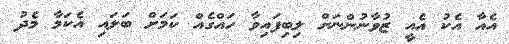
އެއާ އެކު އެއީ ޒުވާނުންނަށް ލިބިފައިވާ ހައްގެއް ކަމަށް ބަލައި އެކަމާ މެދު